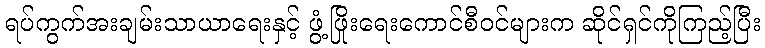
ရပ်ကွက်အးချမ်းသာယာရေးနှင့် ဖွံ့ဖြိုးရေးကောင်စီဝင်များက ဆိုင်ရှင်ကိုကြည့်ပြီး